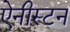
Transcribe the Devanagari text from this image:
ऐनीस्टन